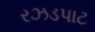
રઝડપાટ